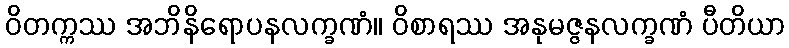
ဝိတက္ကဿ အဘိနိရောပနလက္ခဏံ။ ဝိစာရဿ အနုမဇ္ဇနလက္ခဏံ ပီတိယာ